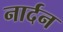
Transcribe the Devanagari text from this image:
नार्दन